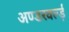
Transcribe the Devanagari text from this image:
अण्डरवर्ल्ड़